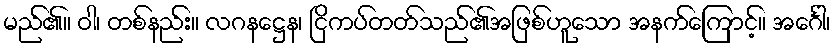
မည်၏။ ဝါ၊ တစ်နည်း။ လဂနဋ္ဌေန၊ ငြိကပ်တတ်သည်၏အဖြစ်ဟူသော အနက်ကြောင့်။ အင်္ဂေါ၊